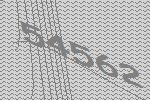
54562